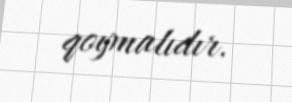
qoymalıdır.